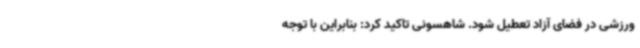
ورزشی در فضای آزاد تعطیل شود. شاهسونی تاکید کرد: بنابراین با توجه